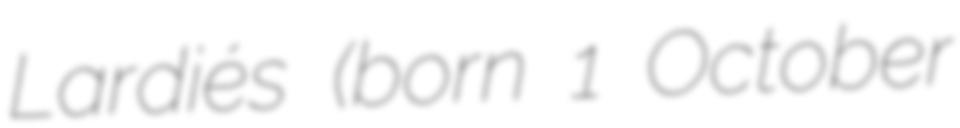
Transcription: Lardiés (born 1 October